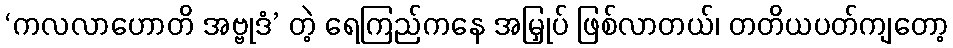
‘ကလလာဟောတိ အဗ္ဗုဒံ’ တဲ့ ရေကြည်ကနေ အမြှုပ် ဖြစ်လာတယ်၊ တတိယပတ်ကျတော့